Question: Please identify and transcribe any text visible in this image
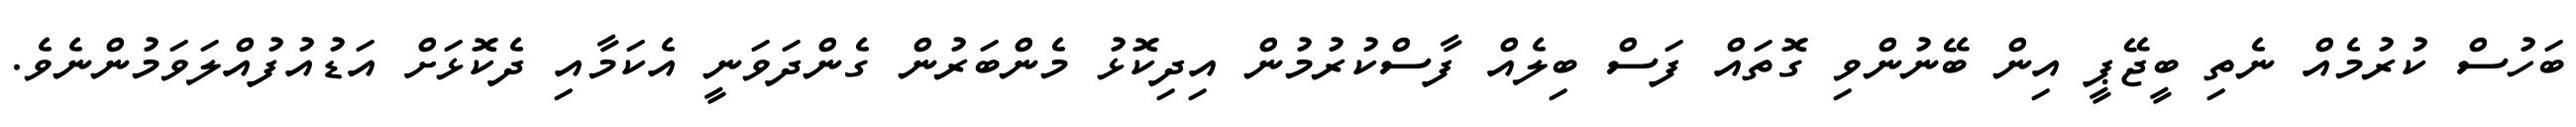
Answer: ބަހުސް ކުރުމެއް ނެތި ބީޖޭޕީ އިން ބޭނުންވި ގޮތައް ފަސް ބިލެއް ފާސްކުރުމުން އިދިކޮޅު މެންބަރުން ގެންދަވަނީ އެކަމާއި ދެކޮޅަށް އަޑުއުފުއްލަވަމުންނެވެ.